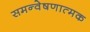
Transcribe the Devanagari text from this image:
समन्वेषणात्मक